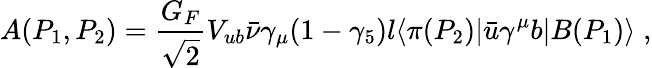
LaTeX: A(P_{1},P_{2})=\frac{G_{F}}{\sqrt{2}}V_{ub}{\bar{\nu}}\gamma_{\mu}(1-\gamma_{5})l\langle\pi(P_{2})|{\bar{u}}\gamma^{\mu}b|B(P_{1})\rangle\; ,